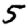
Digit: 5